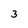
Character: 3